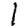
Digit: 1